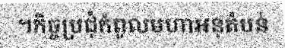
។កិច្ចប្រជុំកំពូលមហាអនុតំបន់